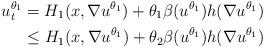
LaTeX: \begin{align*} u^{\theta_1}_t&=H_1(x,\nabla u^{\theta_1}) +\theta_1 \beta (u^{\theta_1}) h(\nabla u^{\theta_1}) \\&\leq H_1(x,\nabla u^{\theta_1}) +\theta_2 \beta (u^{\theta_1}) h(\nabla u^{\theta_1})\end{align*}